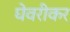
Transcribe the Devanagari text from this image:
घेवरीकर